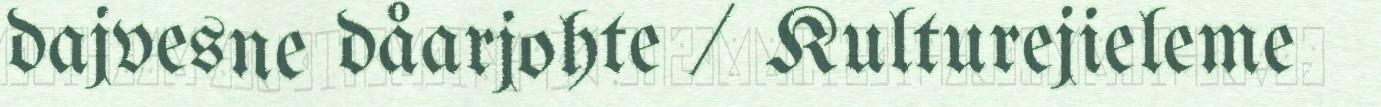
dajvesne dåarjohte / Kulturejieleme